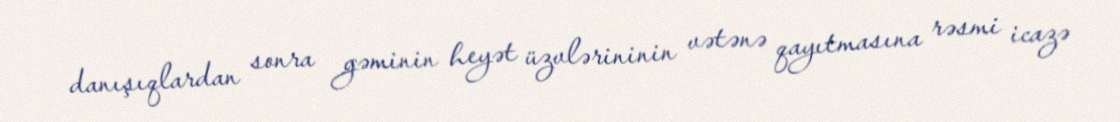
danışıqlardan sonra gəminin heyət üzvlərininin vətənə qayıtmasına rəsmi icazə